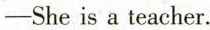
-She is a teacher.